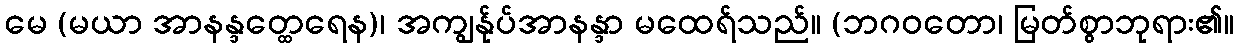
မေ (မယာ အာနန္ဒတ္ထေရေန)၊ အကျွန်ုပ်အာနန္ဒာ မထေရ်သည်။ (ဘဂဝတော၊ မြတ်စွာဘုရား၏။